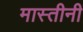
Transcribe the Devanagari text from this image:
मास्तीनी